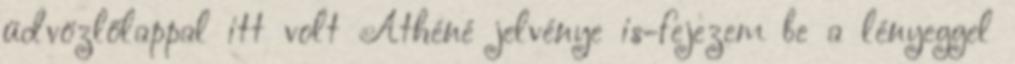
üdvözlőlappal itt volt Athéné jelvénye is-fejezem be a lényeggel